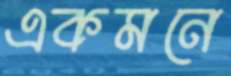
একমনে